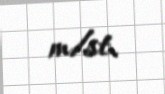
m/st.